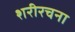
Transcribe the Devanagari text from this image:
शरीरचना